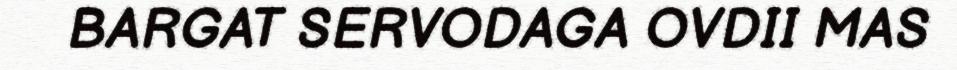
BARGAT SERVODAGA OVDII MAS